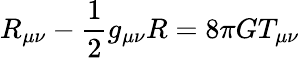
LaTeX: R_{\mu\nu}-\frac{1}{2}g_{\mu\nu}R=8\pi GT_{\mu\nu}